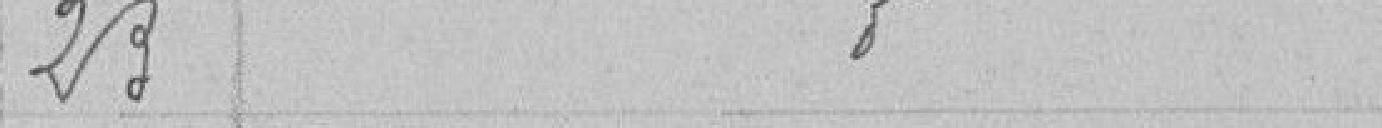
23 - Idem